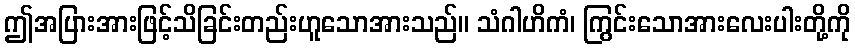
ဤအပြားအားဖြင့်သိခြင်းတည်းဟူသောအားသည်။ သံဂါဟိကံ၊ ကြွင်းသောအားလေးပါးတို့ကို